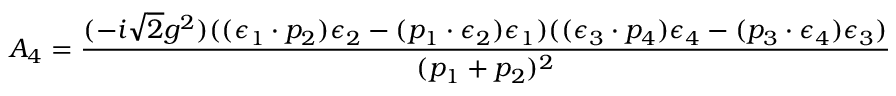
A _ { 4 } = \frac { ( - i \sqrt { 2 } g ^ { 2 } ) ( ( \epsilon _ { 1 } \cdot p _ { 2 } ) \epsilon _ { 2 } - ( p _ { 1 } \cdot \epsilon _ { 2 } ) \epsilon _ { 1 } ) ( ( \epsilon _ { 3 } \cdot p _ { 4 } ) \epsilon _ { 4 } - ( p _ { 3 } \cdot \epsilon _ { 4 } ) \epsilon _ { 3 } ) } { ( p _ { 1 } + p _ { 2 } ) ^ { 2 } }